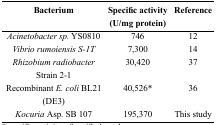
| Bacterium | Specific activity (U/mg protein) | Reference |
 | --- | --- | --- |
 | Acinetobacter sp. YS0810 | 746 | 12 |
 | Vibrio rumoiensis S-1T | 7,300 | 14 |
 | Rhizobium radiobacter Strain 2-1 | 30,420 | 37 |
 | Recombinant E. coli BL21 (DE3) | 40,526* | 36 |
 | Kocuria Asp. SB 107 | 195,370 | This study |